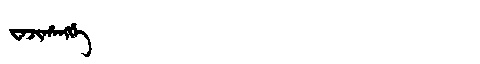
Manchu: ᠸᠠᠵᡳᡥᠠᠩᡤᡝ
Romanization: WAJIHANGGE